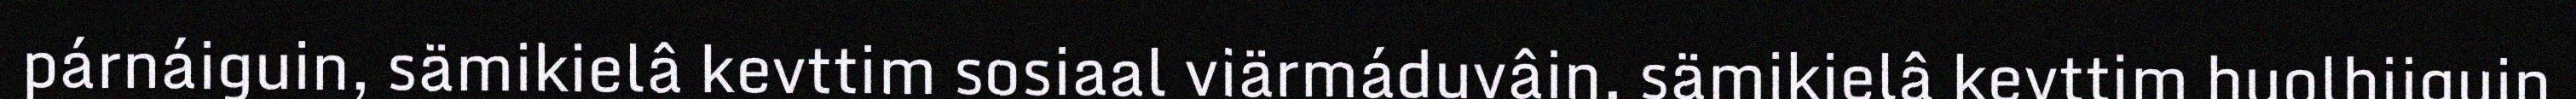
párnáiguin, sämikielâ kevttim sosiaal viärmáduvâin, sämikielâ kevttim huolhijguin